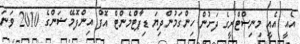
އެއީ އެއީ މިނިސްޓްރީގެ ދަށުން ހިންގަމުންދިޔަ ޑިޕާޓްމެންޓް އޮފް އިންފޮމޭޝަންގެ 2010 ވަނަ